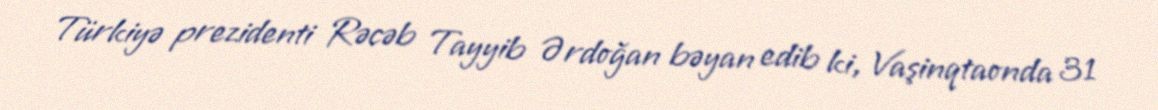
Türkiyə prezidenti Rəcəb Tayyib Ərdoğan bəyan edib ki, Vaşinqtaonda 31